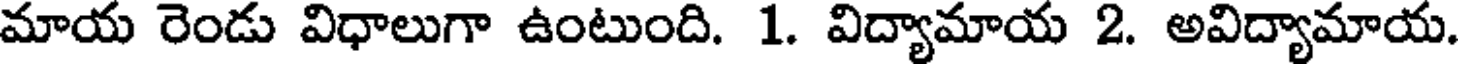
మాయ రెండు విధాలుగా ఉంటుంది. 1. విద్యామాయ 2. అవిద్యామాయ.